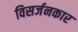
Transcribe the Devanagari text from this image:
विसर्जनकार